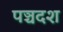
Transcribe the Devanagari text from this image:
पञ्चदश